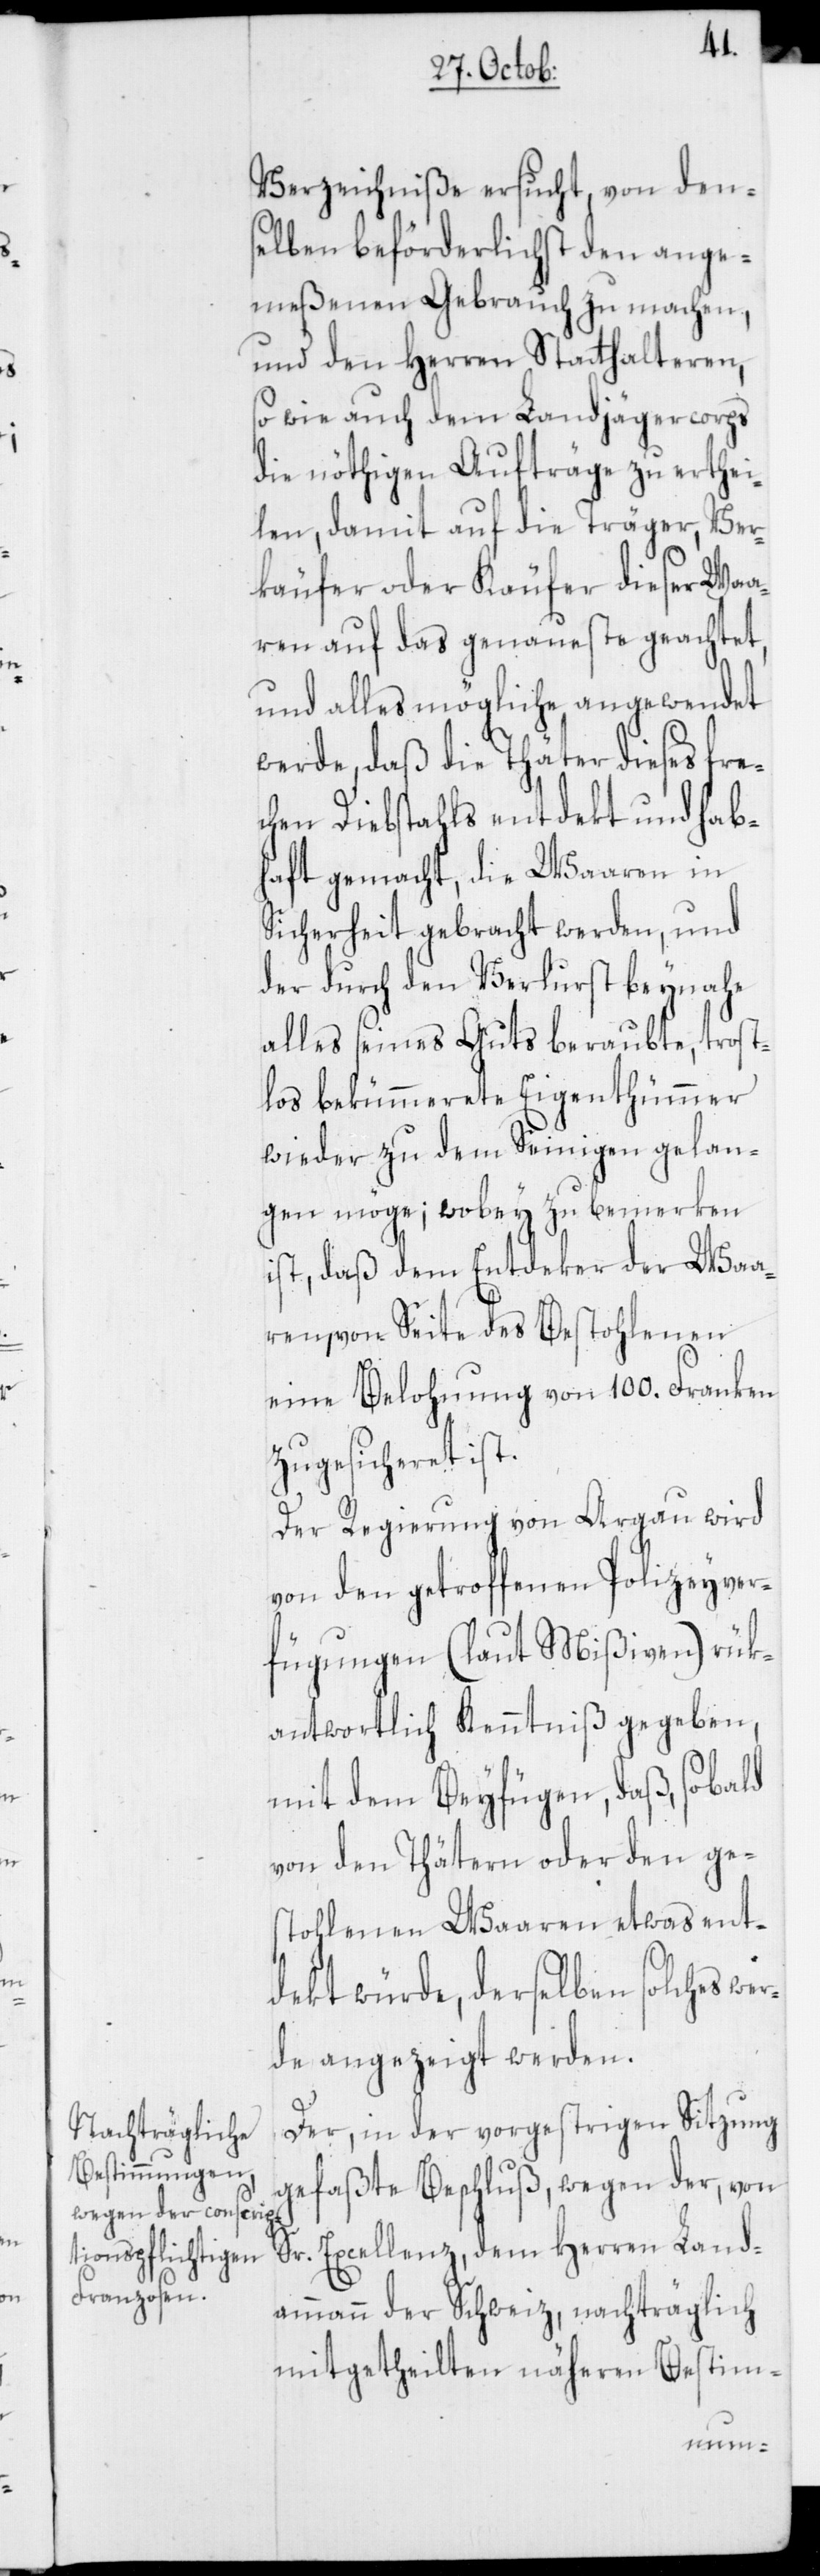
Verzeichniße ersucht, von den¬
selben beförderlichst den ange¬
meßenen Gebrauch zu machen,
und den Herren Statthalteren,
so wie auch dem Landjägercorps
die nöthigen Aufträge zu erthei¬
len, damit auf die Träger, Ver¬
käufer oder Käufer dieser Waa¬
ren auf das genaueste geachtet,
und alles Mögliche angewendet
werde, daß die Thäter dieses fre¬
chen Diebstahls entdekt und hab¬
haft gemacht, die Waaren in
Sicherheit gebracht werden, und
der durch den Verlurst beynahe
alles seines Guts beraubte, trost¬
los bekümmerete Eigenthümmer
wieder zu dem Seinigen gelan¬
gen möge; wobey zu bemerken
ist, daß dem Entdeker der Waa¬
ren, von Seite des Bestohlenen
eine Belohnung von 100. Franken
zugesicheret ist.
Der Regierung von Argau wird
von den getroffenen Polizeyver¬
fügungen (laut Mißiven) rük¬
antwortlich Kenntniß gegeben,
mit dem Beyfügen, daß, sobald
von den Thätern oder den ge¬
stohlenen Waaren etwas ent¬
dekt würde, derselben solches we¬
rde angezeigt werden.
Der, in der vorgestrigen Sitzung
gefaßte Beschluß, wegen der, von
Sr. Excellenz, dem Herren Land¬
ammann der Schweiz, nachträglich
mitgetheilten näheren Bestim-